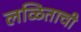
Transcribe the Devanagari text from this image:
लळिताची